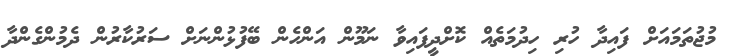
މުޖުތަމައަށް ފައިދާ ހުރި ހިދުމަތެއް ކޮށްދީފައިވާ ނަމޫން އަންހެން ބޭފުޅުންނަށް ސަރުކާރުން ދެމުންގެންދާ